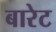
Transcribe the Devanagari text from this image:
बारेट